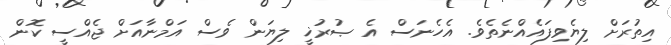
އިތުރަށް ލިޔެވިފައެއްނެތެވެ. އެހެނަސް އެ ޞުރުޚީ ލިޔަން ވެސް އަމްނާއަށް ޖެއްސީ ކޮން